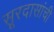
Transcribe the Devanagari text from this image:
सूरदासांची